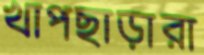
খাপছাড়ারা